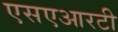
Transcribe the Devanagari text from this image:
एसएआरटी